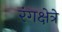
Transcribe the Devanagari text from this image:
रंगक्षेत्रे